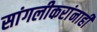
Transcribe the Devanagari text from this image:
सांगलीकरांनाही